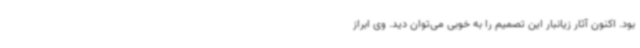
بود. اکنون آثار زیانبار این تصمیم را به خوبی می‌توان دید. وی ابراز